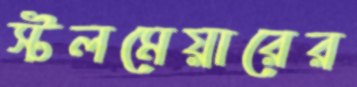
স্টলমেয়ারের